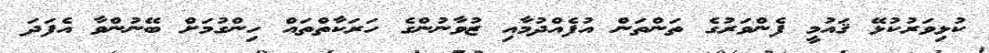
ކުޅިވަރުކުޅޭ ޤައުމީ ފެންވަރުގެ ތަންތަން އުފެއްދުމާއި ޒުވާނުންގެ ހަރަކާތްތައް ހިންގުމަށް ބޭނުންވާ އެފަދަ